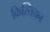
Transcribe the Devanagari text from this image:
क्रिस्तियन